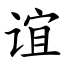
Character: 谊